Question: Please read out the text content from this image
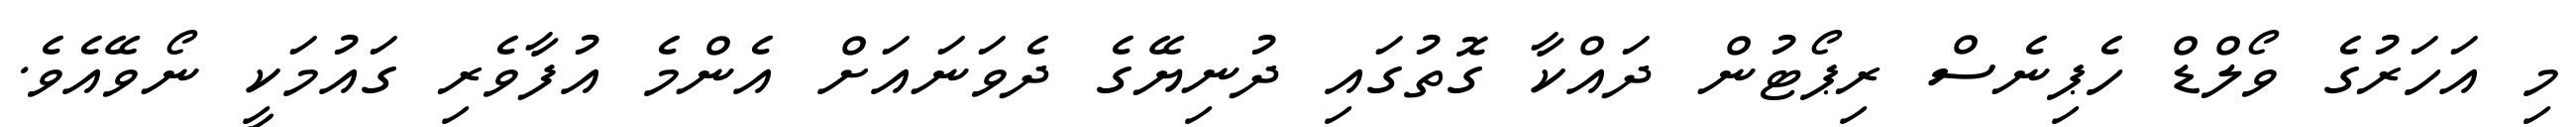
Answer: މި އަހަރުގެ ވޯލްޑް ހެޕިނެސް ރިޕޯޓުން ދައްކާ ގޮތުގައި ދުނިޔޭގެ ދެވަނައަށް އެންމެ އުފާވެރި ގައުމަކީ ނޯވޭއެވެ.